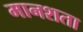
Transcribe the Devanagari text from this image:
मानशता